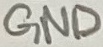
Text: GND